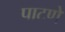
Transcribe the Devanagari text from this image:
पाटणे